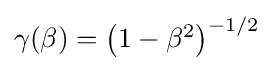
{\textstyle \gamma (\beta )=\left(1-\beta ^{2}\right)^{-1/2}}